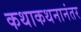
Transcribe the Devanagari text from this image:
कथाकथनानंतर